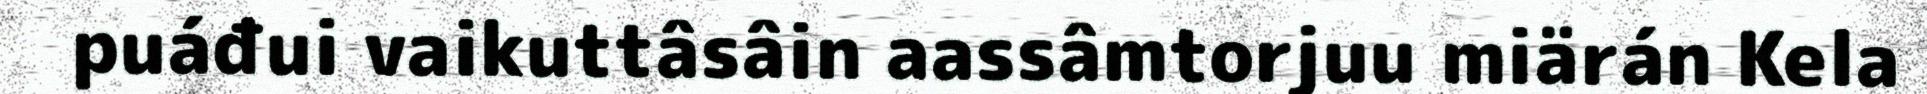
puáđui vaikuttâsâin aassâmtorjuu miärán Kela